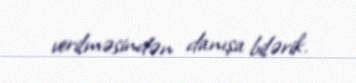
verilməsindən danışa bilərik.